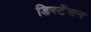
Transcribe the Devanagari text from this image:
डिस्टेंसन